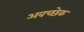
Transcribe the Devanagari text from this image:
अवच्छेक